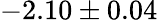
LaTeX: -2.10\pm 0.04